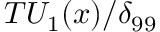
T { U _ { 1 } ( x ) } / { { \delta } _ { 9 9 } }